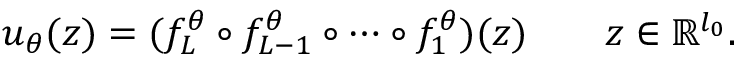
u _ { \theta } ( z ) = ( f _ { L } ^ { \theta } \circ f _ { L - 1 } ^ { \theta } \circ \cdots \circ f _ { 1 } ^ { \theta } ) ( z ) \qquad z \in \mathbb { R } ^ { l _ { 0 } } .